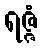
ရဇ္ဇံ